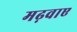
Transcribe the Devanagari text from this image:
मढ़वाए